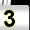
Digit: 3